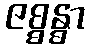
ဇစ္စန္ဓာ